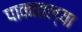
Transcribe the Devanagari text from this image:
पाकातल्या